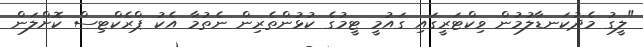
"ލީގު މެދުކަނޑާލުމުން ވިކްޓަރީގައި ގައުމީ ޓީމުގެ ކުޅުންތެރިން ނެތުމާ އެކު ޕްރެކްޓިސް ކޮށްލަން